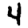
Digit: 4